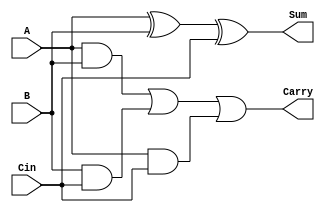
module CarrySaveAdder #(parameter n = 8) (
    input  [n-1:0] A,    // First operand
    input  [n-1:0] B,    // Second operand
    input  [n-1:0] Cin,  // Carry-in
    output [n-1:0] Sum,   // Sum output
    output [n-1:0] Carry  // Carry output
);

    // Intermediate carry signals
    wire [n-1:0] carryAB; // Carry from A and B
    wire [n-1:0] carryBC; // Carry from B and Cin
    wire [n-1:0] carryAC; // Carry from A and Cin

    // Sum calculation using XOR
    assign Sum = A ^ B ^ Cin;

    // Carry calculation using AND and OR
    assign carryAB = A & B;          // A AND B
    assign carryBC = B & Cin;        // B AND Cin
    assign carryAC = A & Cin;        // A AND Cin

    // Final carry output using OR
    assign Carry = carryAB | carryBC | carryAC;

endmodule